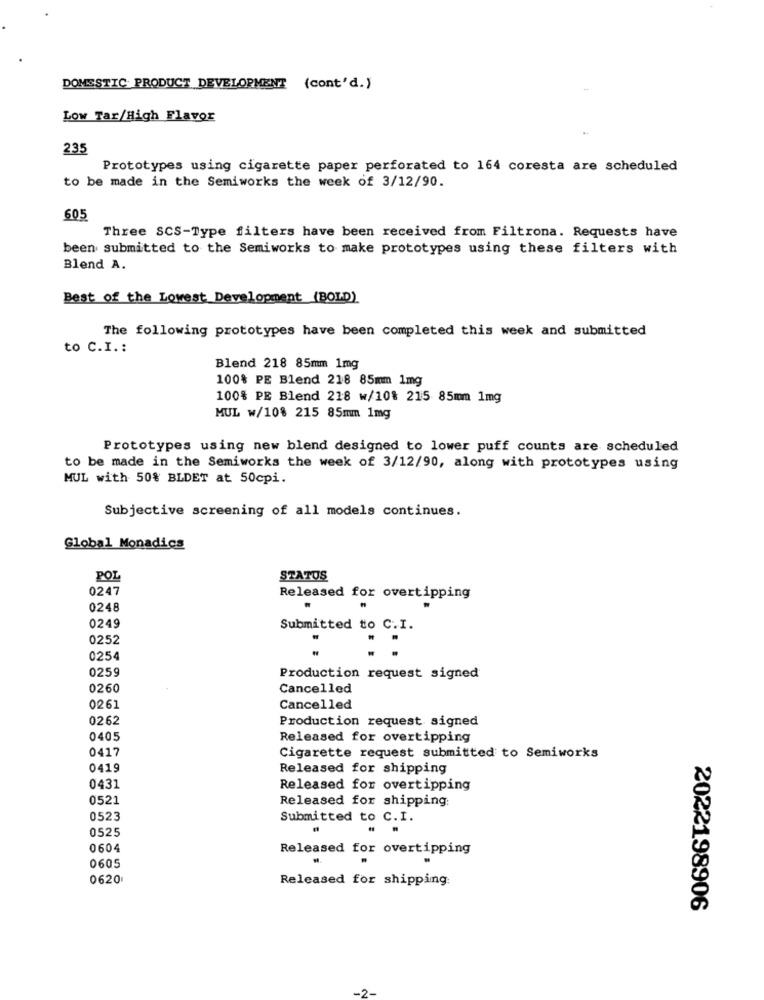
DOMESTIC PRODUCT DEVELOPMENT (cont'd.)
Low Tar/High Flavor
235
Prototypes using cigarette paper perforated to 164 coresta are scheduled
to be made in the Semiworks the week of 3/12/90.
605
Three SCS-Type filters have been received from Filtrona. Requests have
been submitted to the Semiworks to make prototypes using these filters with
Blend A.
Best of the Lowest Development (BOLD)
The following prototypes have been completed this week and submitted
to C.I .:
Blend 218 85mm 1mg
100% PE Blend 218 85mm 1mg
100% PE Blend 218 w/10% 215 85mm 1mg
MUL w/10% 215 85mm 1mg
Prototypes using new blend designed to lower puff counts are scheduled
to be made in the Semiworks the week of 3/12/90, along with prototypes using
MUL with 50% BLDET at 50cpi.
Subjective screening of all models continues.
Global Monadics
POL
STATUS
0247
Released for overtipping
0248
0249
Submitted to C.I.
0252
0254
0259
Production request signed
0260
Cancelled
0261
Cancelled
0262
Production request signed
0405
Released for overtipping
0417
Cigarette request submitted to Semiworks
0419
Released for shipping
0431
Released for overtipping
0521
Released for shipping:
0523
Submitted to C. I.
0525
..
0604
Released for overtipping
0605
0620
Released for shipping:
2022198906